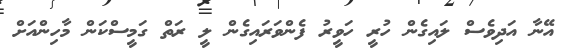
އޭނާ އަދިވެސް ލައިގެން ހުރީ ހަވީރު ފެންވަރައިގެން ލީ ރަތް ގަމީސްކަން މާހިންއަށް